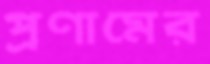
প্রণামের